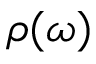
\rho ( \omega )